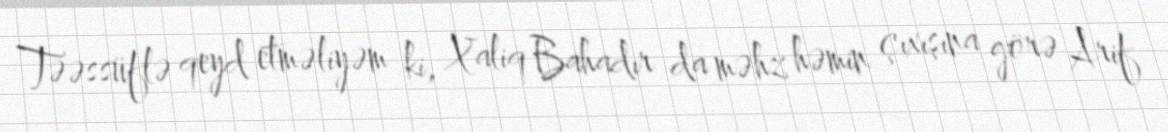
Təəssüflə qeyd etməliyəm ki, Xaliq Bahadır da məhz həmin çıxışına görə Arif